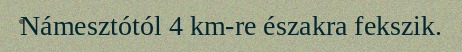
Námesztótól 4 km-re északra fekszik.